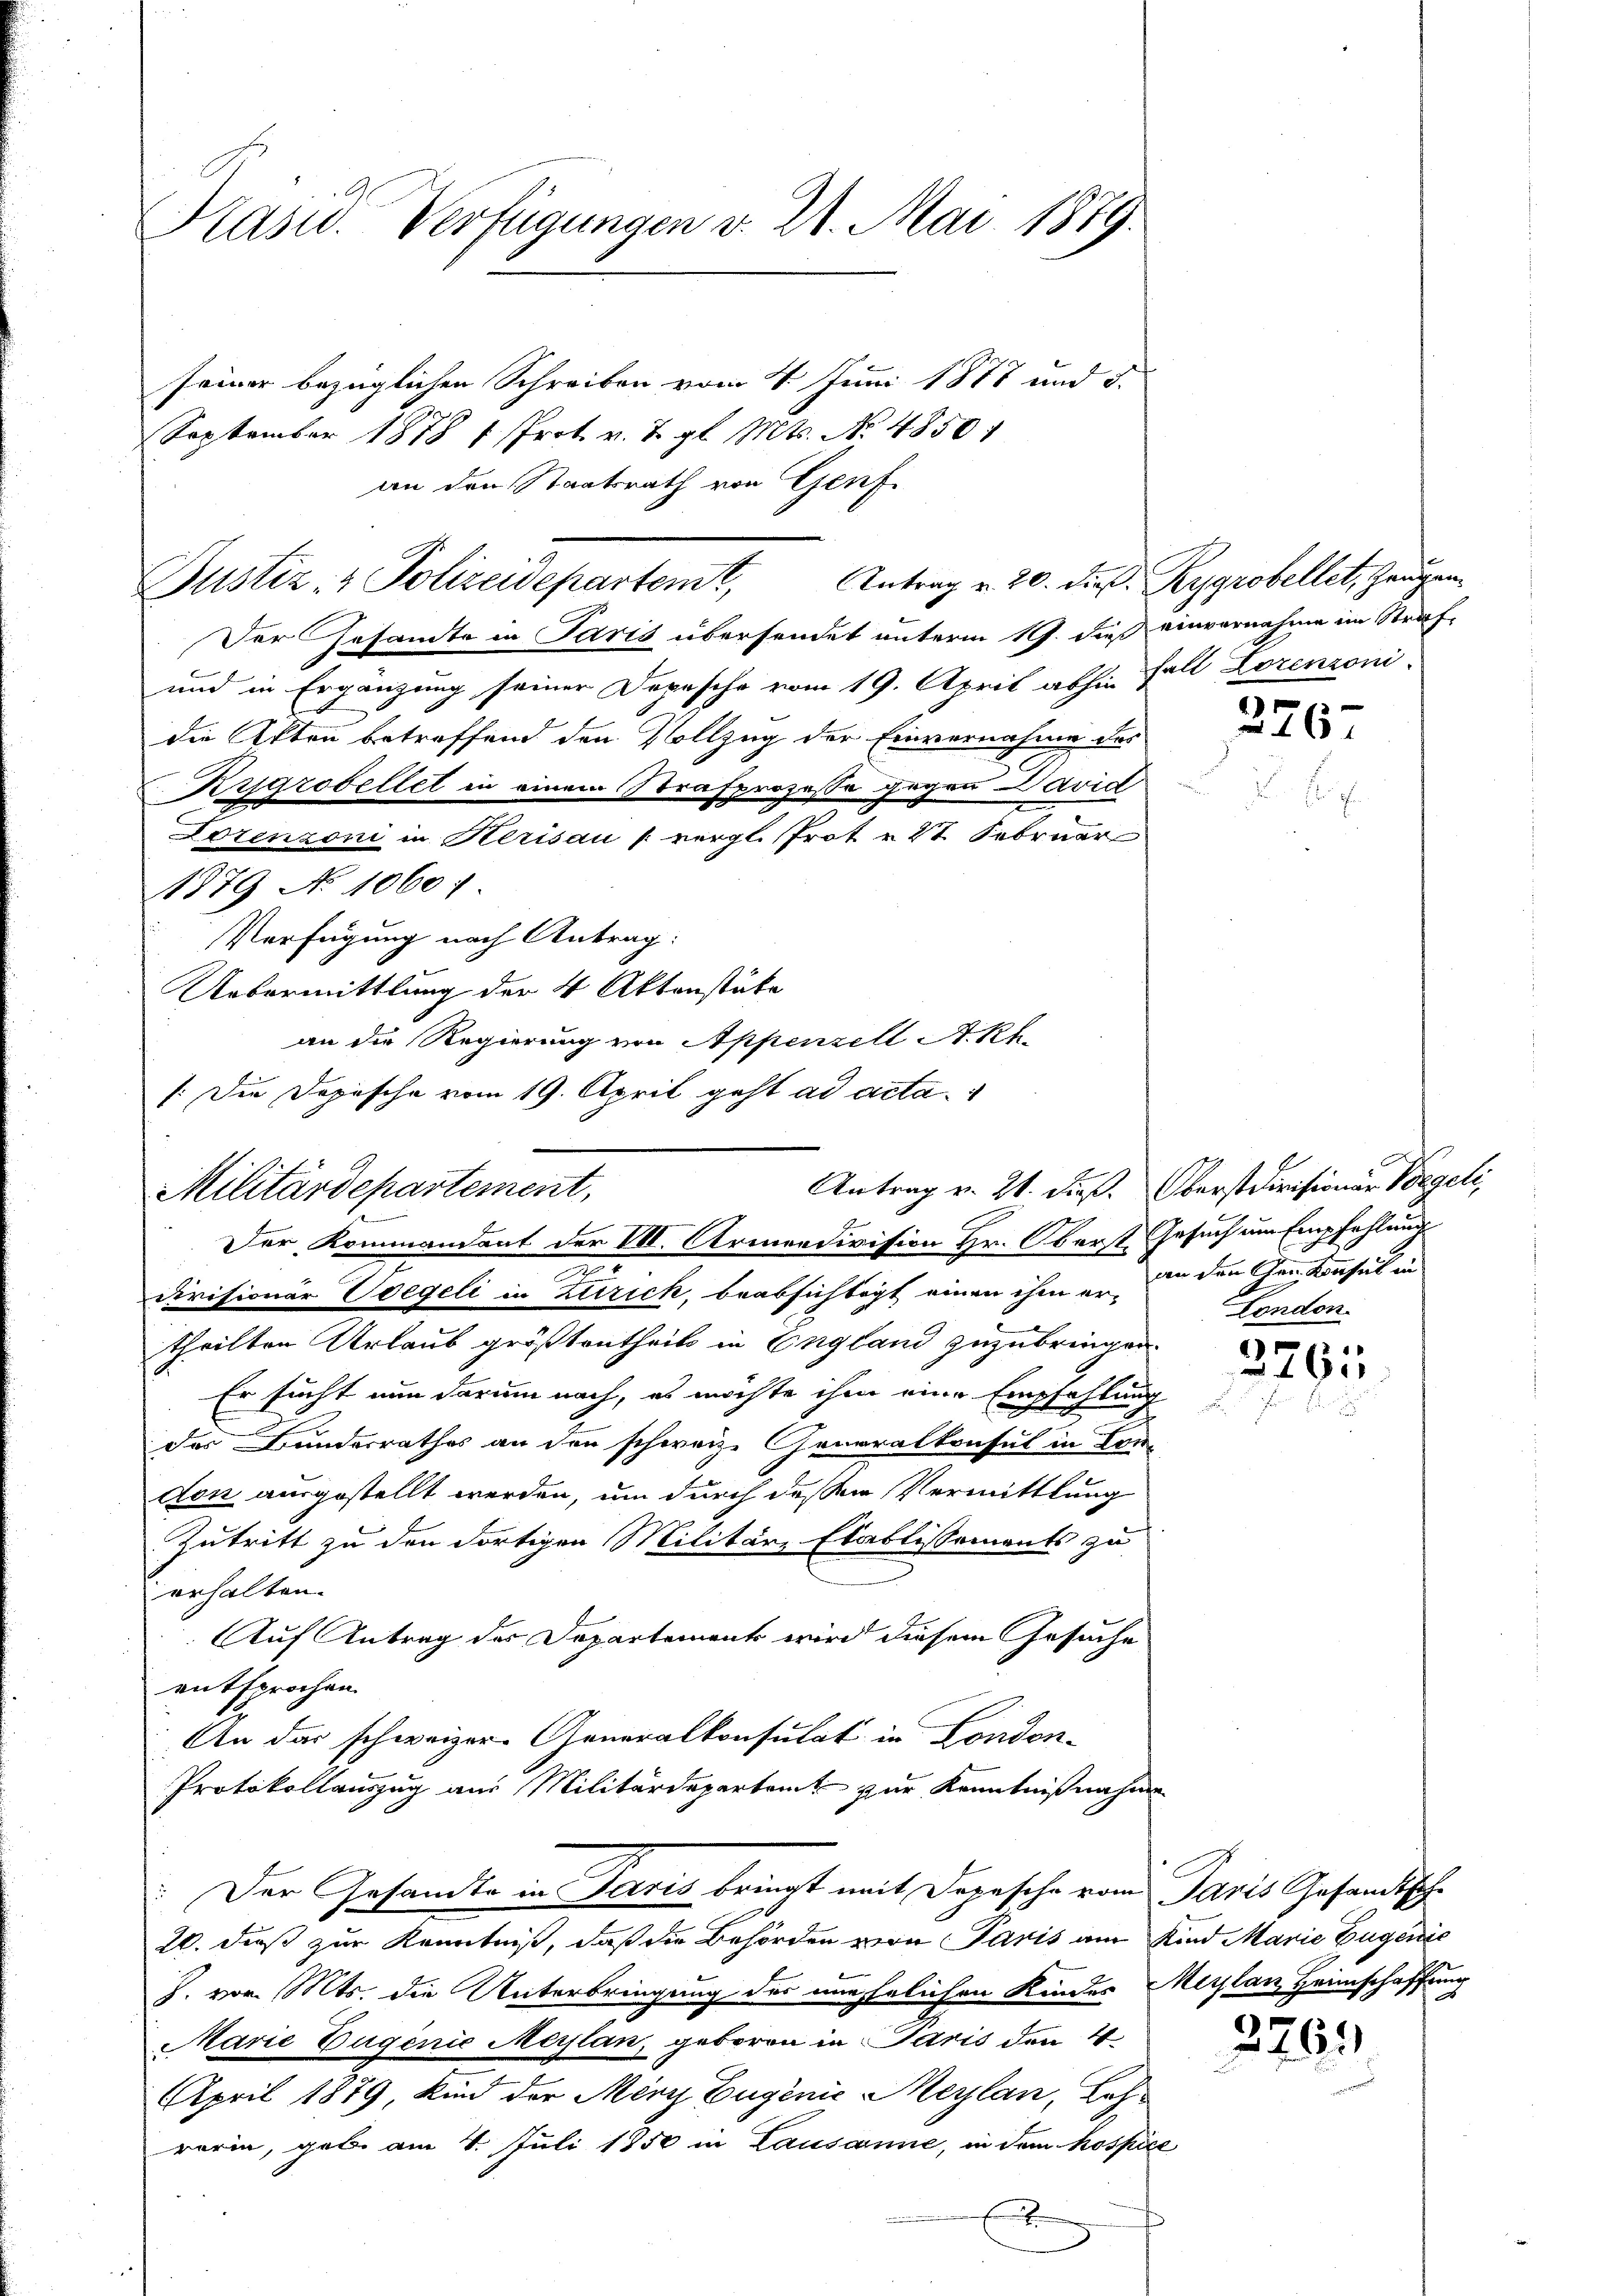
Kasu. Verfügungen v. 21. Mai 1879.

Antrag v. 20. dieß. Rygrobellet, Zeugen
Justiz- & Polizeidepartemt,

seiner bezüglichen Schreiben vom 4. Juni 1878 und 3.
September 1878 1. Prot. v. 7. gl. Mts. No. 4850
an den Staatsrath von Genf

Der Gesandte in Paris übersendet unterm 19. dieß einvernahme im Straf¬
und in Ergänzung seiner Depesche vom 19. April abhin Fall Lorenzoni
die Akten betreffend den Vollzug der Einvernahme des
Rygrobellet in einem Strafprozesse gegen David
Lorenzoni in Herisau (vergl. Prot u. 27. Februar
1879 No 1060:
Verfügung nach Antrag:
7
e
Divisionär regeli in Zürich, beabsichtigt, einen ihm er, die den den Konsul in
theilten Urlaub größtentheils in England zuzubringen.
Er sucht nun darum nach, es möchte ihm eine Empfehlung
des Bundesrathes an den schweiz. Generalkonsul in Conden ausgestellt werden, um durch deßen Vermittlung
Zutritt zu den dortigen Militäre Etablissements zu
erhalten.
Auf Antrag der Departement wird diesem Gesuche
entsprochen.
An das schweizer Generalkonsulat in London-
Protokollauszug aus Militärdepartamt zur Kenntnißnahme
Der Gesandte in Paris bringt mit Depesche vom Paris Gesandtsche
20. dieß zur Kenntniß, daß die Behörden von Paris am Kind Marie Eugenie
S. vor. Mts. die Unterbringung der unehelichen Kindes Maylan Heimschaffung
Marie Eugenić Maylan, geboren in Paris den 4
April 1879, kind der Merz Eugenie Maylan, Lehr
rarin, geb. am 4. Juli 1850 in Lausanne, in dem hospice

Uebermittlung der 4 Aktenstäte
an die Regierung von Appenzell A.Rh.
/:Die Dopische vom 19. April geht ad acta.
Militärdepartement,
Der Kommandent der VII. Armendivision Hr. Oberst Gesuch um Empfehlung

2267

Antrag v. 21. dieß. Oberstdivisionar Vorgeli,
London

376.

2763)